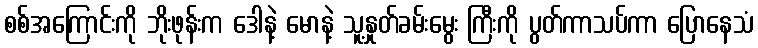
စစ်အကြောင်းကို ဘိုးဖုန်းက ဒေါနဲ့ မောနဲ့ သူ့နှုတ်ခမ်းမွေး ကြီးကို ပွတ်ကာသပ်ကာ ပြောနေသံ